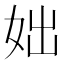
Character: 𡛛